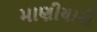
માણીયારી